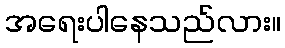
အရေးပါနေသည်လား။